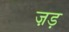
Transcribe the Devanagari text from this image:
ज़ड़